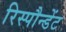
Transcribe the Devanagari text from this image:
रिस्पौन्डेंट